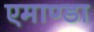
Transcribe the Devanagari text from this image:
एमाण्डा